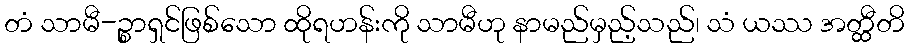
တံ သာမီ-ဉ္စာရှင်ဖြစ်သော ထိုရဟန်းကို သာမီဟု နာမည်မှည့်သည်၊ သံ ယဿ အတ္ထီတိ